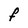
Character: F